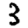
Digit: 3